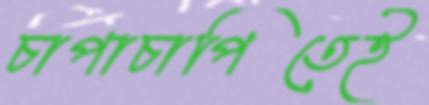
চাপাচাপিতেই